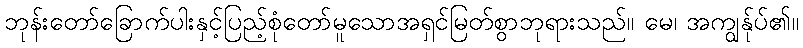
ဘုန်းတော်ခြောက်ပါးနှင့်ပြည့်စုံတော်မူသောအရှင်မြတ်စွာဘုရားသည်။ မေ၊ အကျွန်ုပ်၏။